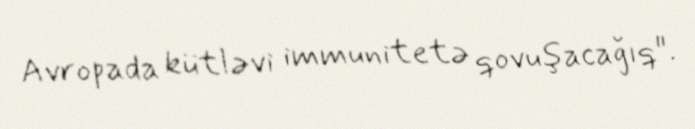
Avropada kütləvi immunitetə qovuşacağıq".